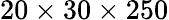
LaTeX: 20\times 30\times 250